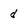
Character: d